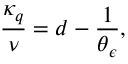
\frac { \kappa _ { q } } { \nu } = d - \frac { 1 } { \theta _ { \epsilon } } ,